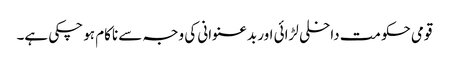
قومی حکومت داخلی لڑائی اور بدعنوانی کی وجہ سے ناکام ہو چکی ہے۔